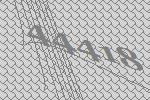
44418